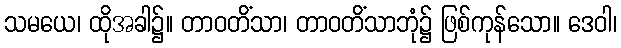
သမယေ၊ ထိုအခါ၌။ တာဝတိံသာ၊ တာဝတိံသာဘုံ၌ ဖြစ်ကုန်သော။ ဒေဝါ၊